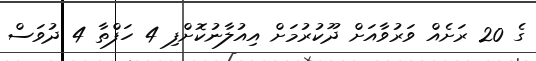
ގެ 20 ރަށެއް ވަރުވާއަށް ދޫކުރުމަށް އިއުލާނުކޮށްފި 4 ހަފްތާ 4 ދުވަސް